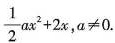
$$\frac{1}{2}ax^{2}+2x?$$,$$a\ne 0$$